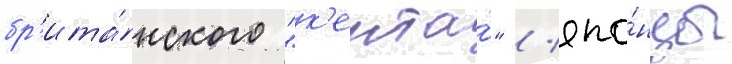
бр'ита́нского "к'ента́" / япо́нцы